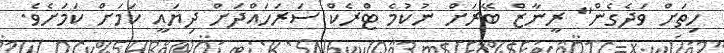
ހިތަށް ވަދެގެން" ރީނާޒް ބޭރަށް ނުކުމެ ޓްރެކް ސަރަހައްދަށް ދިޔައީ ކަމަށް ކަމަށެވެ.